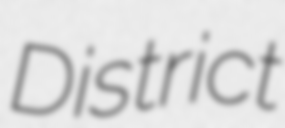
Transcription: District